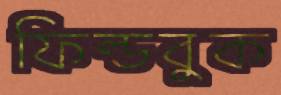
ফিল্ডবুক